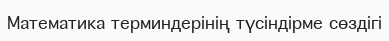
Математика терминдерінің түсіндірме сөздігі